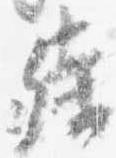
残